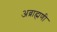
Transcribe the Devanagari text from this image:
अब्राह्मणी